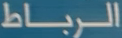
الرباط